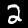
Digit: 2